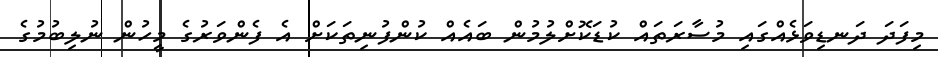
މިފަދަ ދަނޑިވަޅެއްގައި މުސާރަތައް ކުޑަކޮށްލުމުން ބައެއް ކުންފުނިތަކަށް އެ ފެންވަރުގެ މީހުން ނުލިބުމުގެ